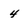
Character: 4